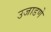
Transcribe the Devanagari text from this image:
उजाडणे